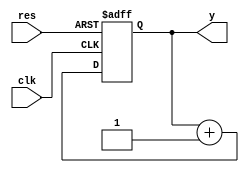
//01/31/21 15:06:30
//Authorxuhao Yang
`timescale 1ns/10ps
module  counter(clk,res,y);
    input clk;
    input res;
    output[7:0] y;
    reg[7:0] y;
    wire[7:0] sum;
    assign sum = y+1;
    always @ (posedge clk or negedge res)
    if (~res) begin
    	y<=0;
    end
    else begin
    	y<=sum;
    end
endmodule
module  counter_tb;
		
		reg clk,res;
		wire[7:0] y;
    counter counter(.clk(clk),.res(res),.y(y));
    initial begin
    	clk<=0;res<=0;
    	#17 res<=1;
    	#6000 $stop;
    end
    always #5 clk<=~clk;
    
    
endmodule